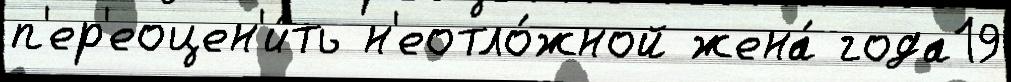
п'ер'еоцен'и́ть н'еотло́жной жена́ года19